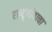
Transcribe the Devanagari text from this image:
राष्ट्र्गीताचा